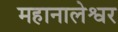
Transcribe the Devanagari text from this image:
महानालेश्वर